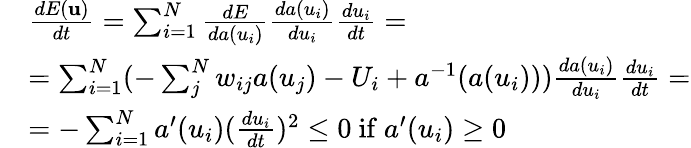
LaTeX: \begin{array}{rl}&{\frac{dE(\mathbf{u})}{dt}=\sum_{i=1}^{N}\frac{dE}{da(u_{i})}\frac{da(u_{i})}{du_{i}}\frac{du_{i}}{dt}=}\\ &{=\sum_{i=1}^{N}(-\sum_{j}^{N}w_{ij}a(u_{j})-U_{i}+a^{-1}(a(u_{i})))\frac{da(u_{i})}{du_{i}}\frac{du_{i}}{dt}=}\\ &{=-\sum_{i=1}^{N}a^{\prime}(u_{i})(\frac{du_{i}}{dt})^{2}\leq 0\mathrm{~if~}a^{\prime}(u_{i})\geq 0}\end{array}